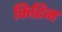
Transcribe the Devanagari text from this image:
किहिन